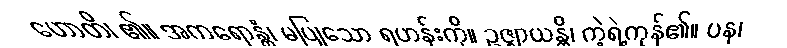
ဟောတိ၊ ၏။ အကရောန္တံ၊ မပြုသော ရဟန်းကို။ ဥဇ္ဈာယန္တိ၊ ကဲ့ရဲ့ကုန်၏။ ပန၊